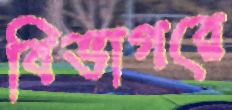
বিভাগরে